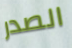
الصدر